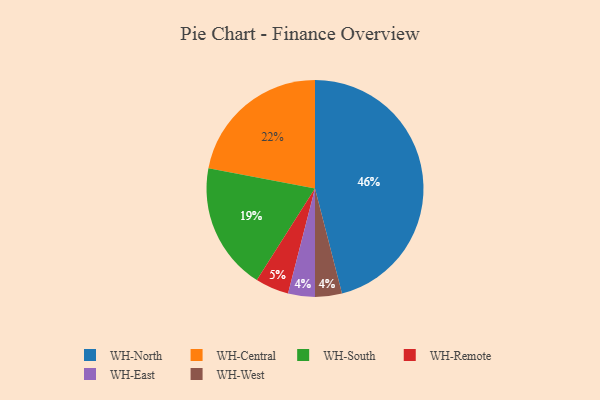
{"axis": {"x": "Category", "y": "Percentage"}, "legend": ["WH-Central", "WH-East", "WH-North", "WH-Remote", "WH-South", "WH-West"], "data": [{"x": "WH-South", "y": 19, "type": "WH-South"}, {"x": "WH-East", "y": 4, "type": "WH-East"}, {"x": "WH-Remote", "y": 5, "type": "WH-Remote"}, {"x": "WH-West", "y": 4, "type": "WH-West"}, {"x": "WH-Central", "y": 22, "type": "WH-Central"}, {"x": "WH-North", "y": 46, "type": "WH-North"}]}